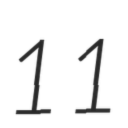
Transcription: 11